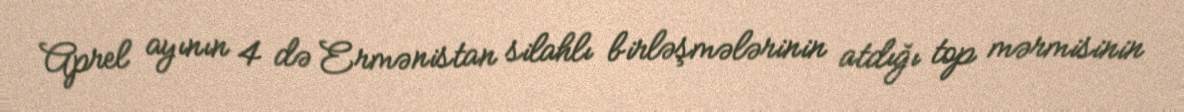
Aprel ayının 4 də Ermənistan silahlı birləşmələrinin atdığı top mərmisinin